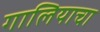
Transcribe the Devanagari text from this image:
गालियाचा